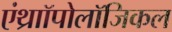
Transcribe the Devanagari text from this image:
एंथ्राॉपोलॉजिकल